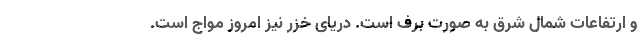
و ارتفاعات شمال شرق به صورت برف است. دریای خزر نیز امروز مواج است.